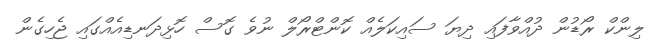
ލިންކް ރޯޑުން ދުއްވާފައި ދިޔަ ސައިކަލެއް ކޮންޓްރޯލް ނުވެ ގޮސް ހޮޅިދަނޑިއެއްގައި ޖެހިގެން